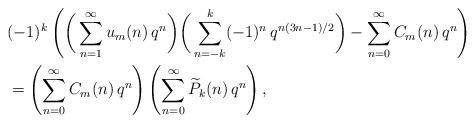
LaTeX: \begin{align*}& (-1)^{k} \left( \bigg( \sum_{n=1}^\infty u_m(n)\, q^n \bigg) \bigg( \sum_{n=-k}^{k} (-1)^{n}\, q^{n(3n-1)/2}\bigg) -\sum_{n=0}^\infty C_m(n)\,q^n\right) \\& = \left( \sum_{n=0}^\infty C_m(n)\,q^n \right) \left( \sum_{n=0}^\infty \widetilde{P}_k(n)\,q^n\right),\end{align*}